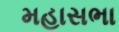
મહાસભા